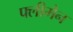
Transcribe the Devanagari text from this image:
फ्लीमैन